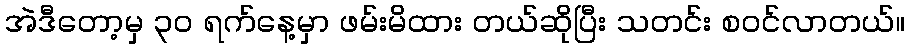
အဲဒီတော့မှ ၃၀ ရက်နေ့မှာ ဖမ်းမိထား တယ်ဆိုပြီး သတင်း စဝင်လာတယ်။